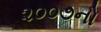
૨૦૦૭નો